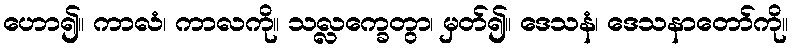
ဟော၍။ ကာလံ၊ ကာလကို။ သလ္လက္ခေတွာ၊ မှတ်၍။ ဒေသနံ၊ ဒေသနာတော်ကို။